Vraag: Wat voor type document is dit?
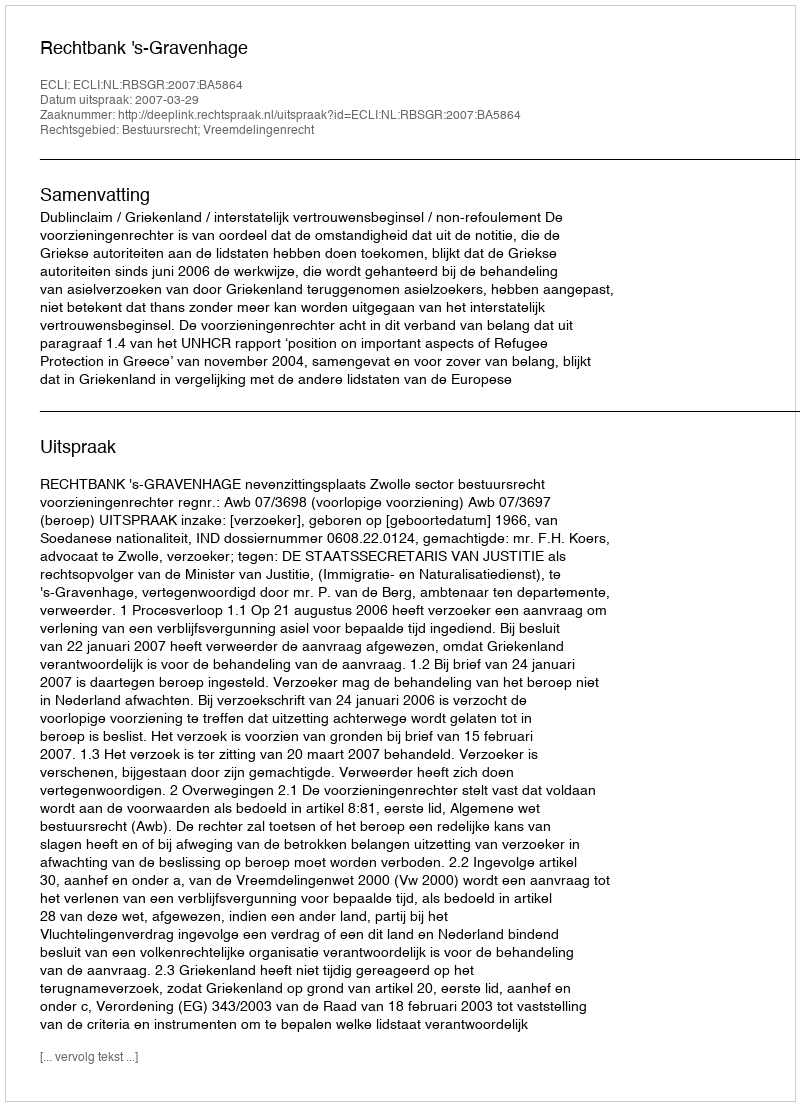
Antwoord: Uitspraak